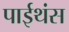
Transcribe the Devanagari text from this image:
पाईथंस